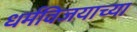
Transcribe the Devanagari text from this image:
धर्मविजयाच्या